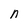
Character: n